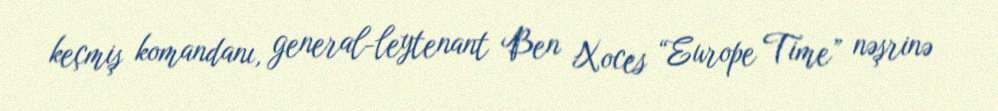
keçmiş komandanı, general-leytenant Ben Xoces “Europe Time” nəşrinə